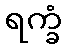
ရက္ခံ